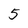
Character: 5